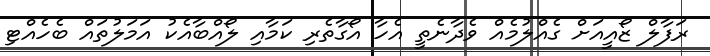
ރަފާލް ޒޯއީއަށް ގެއްލުމެއް ވެދާނެތީ އެހާ އޯގާތެރި ކަމާއި ލޯއްބާއެކު އަމަލުތައް ބެހެއްޓި